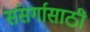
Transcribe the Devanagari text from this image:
संसर्गासाठी